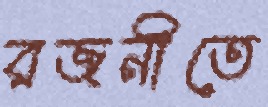
রজনীতে